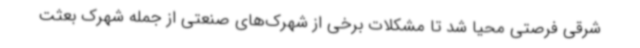
شرقی فرصتی محیا شد تا مشکلات برخی از شهرک‌های صنعتی از جمله شهرک بعثت